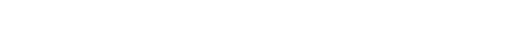
ပြဿနာဟာ စိုးရိမ်စရာ မရှိဘူးလို့ တရုတ်က ယူဆပုံရပါတယ်။